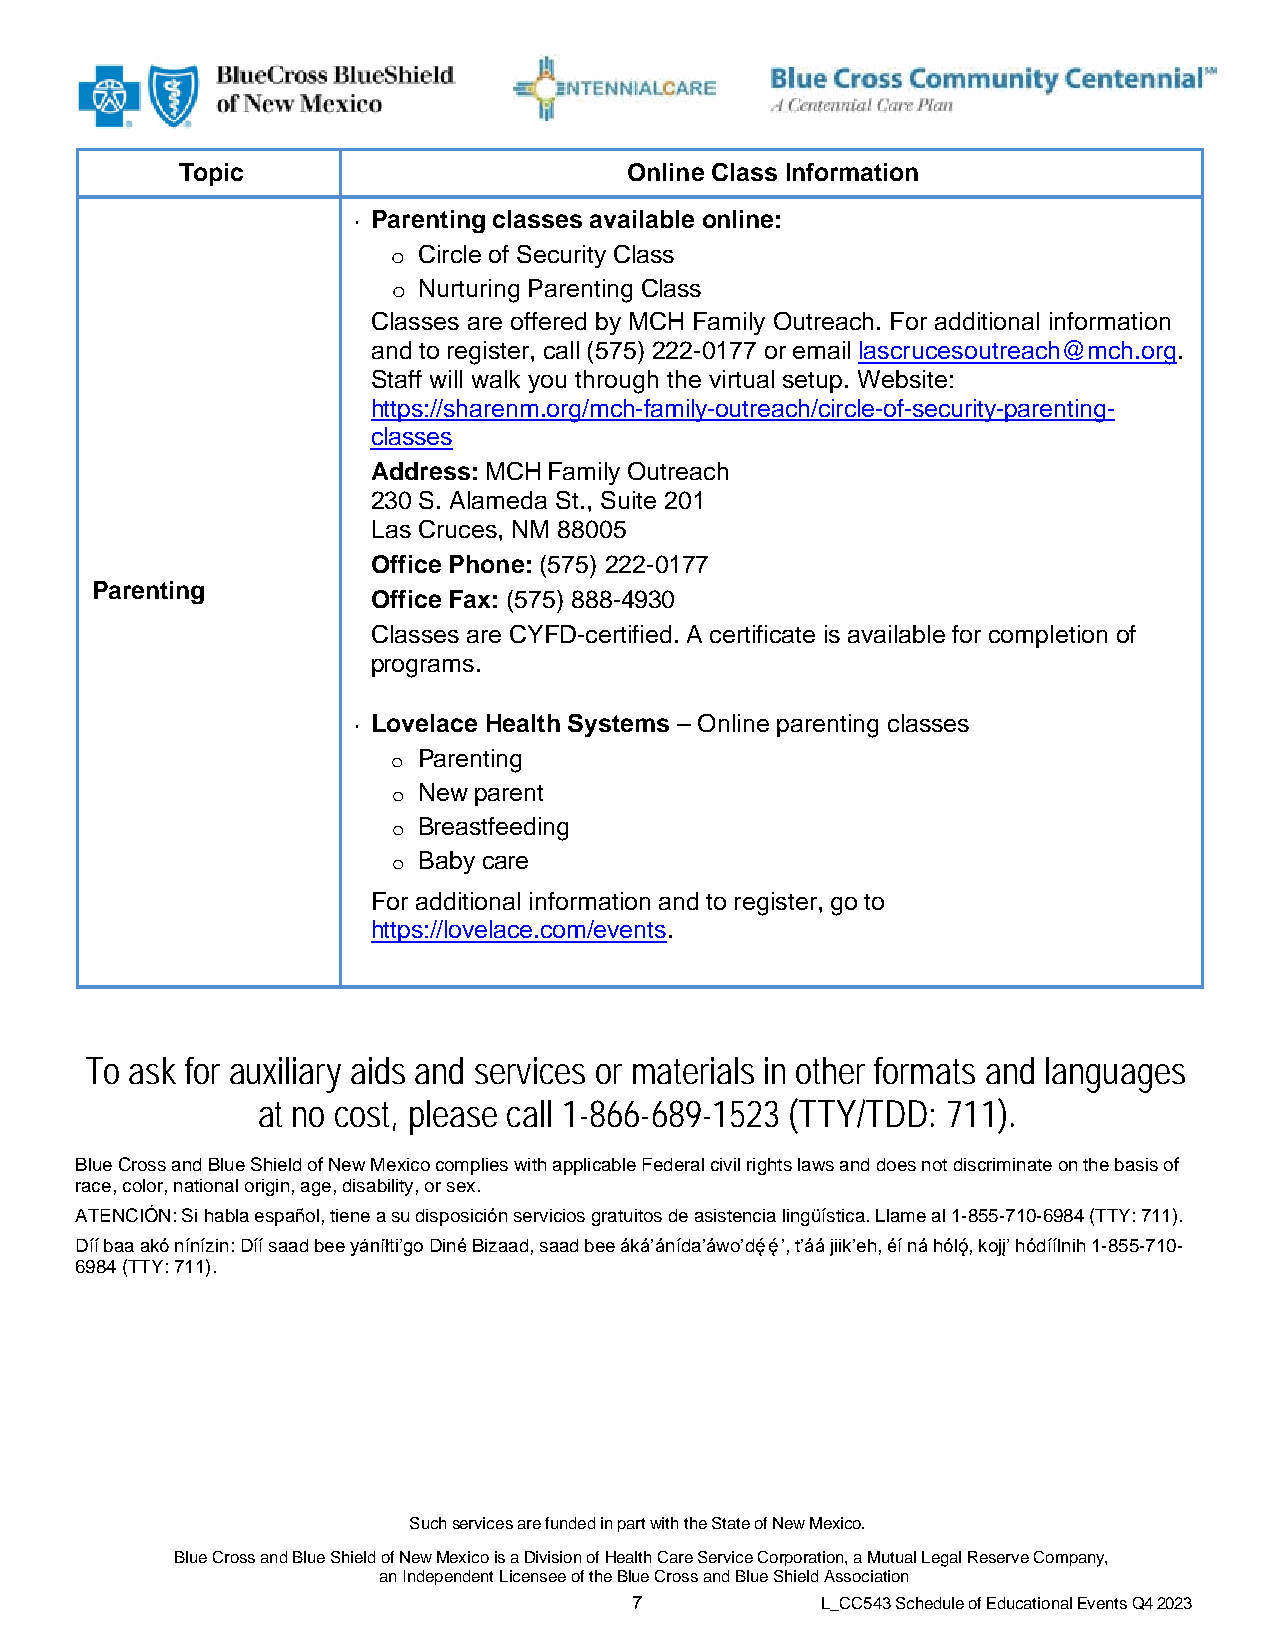
Topic                        Online Class Information
 • Parenting classes available online:
 Circle of Security Class
 o
 Nurturing Parenting Class
 o
 Classes are offered by MCH Family Outreach. For additional information
 and to register, call (575) 222-0177 or email lascrucesoutreach@mch.org.
 Staff will walk you through the virtual setup. Website:
 https://sharenm.org/mch-family-outreach/circle-of-security-parenting-
 classes
 Address: MCH Family Outreach
 230 S. Alameda St., Suite 201
 Las Cruces, NM 88005
 Office Phone: (575) 222-0177
 Parenting
 Office Fax: (575) 888-4930
 Classes are CYFD-certified. A certificate is available for completion of
 programs.
 • Lovelace Health Systems – Online parenting classes
 Parenting
 o
 New parent
 o
 Breastfeeding
 o
 Baby care
 o
 For additional information and to register, go to
 https://lovelace.com/events.
 To ask for auxiliary aids and services or materials in other formats and languages
 at no cost, please call 1-866-689-1523 (TTY/TDD: 711).
 Blue Cross and Blue Shield of New Mexico complies with applicable Federal civil rights laws and does not discriminate on the basis of
 race, color, national origin, age, disability, or sex.
 ATENCIÓN: Si habla español, tiene a su disposición servicios gratuitos de asistencia lingüística. Llame al 1-855-710-6984 (TTY: 711).
 Díí baa akó nínízin: Díí saad bee yáníłti’go Diné Bizaad, saad bee áká’ánída’áwo’dę́ ę́ ’, t’áá jiik’eh, éí ná hólǫ́, kojį’ hódíílnih 1-855-710-
 6984 (TTY: 711).
 Such services are funded in part with the State of New Mexico.
 Blue Cross and Blue Shield of New Mexico is a Division of Health Care Service Corporation, a Mutual Legal Reserve Company,
 an Independent Licensee of the Blue Cross and Blue Shield Association
 7           L_CC543 Schedule of Educational Events Q4 2023